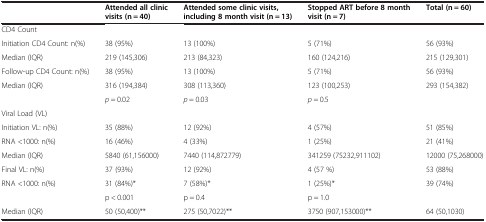
<table><thead><tr><td><b> </b></td><td><b>Attended all clinic visits (n = 40)</b></td><td><b>Attended some clinic visits, including 8 month visit (n = 13)</b></td><td><b>Stopped ART before 8 month visit (n = 7)</b></td><td><b>Total (n = 60)</b></td></tr></thead><tbody><tr><td>CD4 Count</td><td> </td><td> </td><td> </td><td> </td></tr><tr><td>Initiation CD4 Count: n(%)</td><td>38 (95%)</td><td>13 (100%)</td><td>5 (71%)</td><td>56 (93%)</td></tr><tr><td>Median (IQR)</td><td>219 (145,306)</td><td>213 (84,323)</td><td>160 (124,216)</td><td>215 (129,301)</td></tr><tr><td>Follow-up CD4 Count: n(%)</td><td>38 (95%)</td><td>13 (100%)</td><td>5 (71%)</td><td>56 (93%)</td></tr><tr><td>Median (IQR)</td><td>316 (194,384)</td><td>308 (113,360)</td><td>123 (100,253)</td><td>293 (154,382)</td></tr><tr><td> </td><td><i>p</i> = 0.02</td><td><i>p</i> = 0.03</td><td><i>p</i> = 0.5</td><td> </td></tr><tr><td>Viral Load (VL)</td><td> </td><td> </td><td> </td><td> </td></tr><tr><td>Initiation VL: n(%)</td><td>35 (88%)</td><td>12 (92%)</td><td>4 (57%)</td><td>51 (85%)</td></tr><tr><td>RNA &lt;1000: n(%)</td><td>16 (46%)</td><td>4 (33%)</td><td>1 (25%)</td><td>21 (41%)</td></tr><tr><td>Median (IQR)</td><td>5840 (61,156000)</td><td>7440 (114,872779)</td><td>341259 (75232,911102)</td><td>12000 (75,268000)</td></tr><tr><td>Final VL: n(%)</td><td>37 (93%)</td><td>12 (92%)</td><td>4 (57 %)</td><td>53 (88%)</td></tr><tr><td>RNA &lt;1000: n(%)</td><td>31 (84%)*</td><td>7 (58%)*</td><td>1 (25%)*</td><td>39 (74%)</td></tr><tr><td> </td><td>p &lt; 0.001</td><td>p = 0.4</td><td>p = 1.0</td><td> </td></tr><tr><td>Median (IQR)</td><td>50 (50,400)**</td><td>275 (50,7022)**</td><td>3750 (907,153000)**</td><td>64 (50,1030)</td></tr></tbody></table>